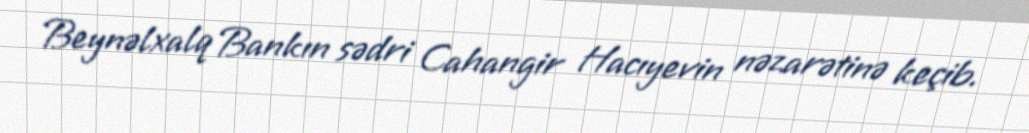
Beynəlxalq Bankın sədri Cahangir Hacıyevin nəzarətinə keçib.